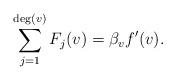
LaTeX: \begin{align*} \sum_{j = 1}^{\deg (v)} F_j (v) = \beta_v f' (v).\end{align*}